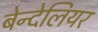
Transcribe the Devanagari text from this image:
बेन्देलियर